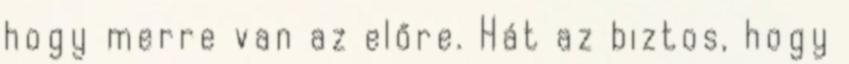
hogy merre van az előre. Hát az biztos, hogy